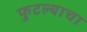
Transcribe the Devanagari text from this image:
फुटल्याचा